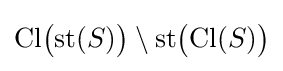
\mathrm {Cl} {\big (}\mathrm {st} (S){\big )}\setminus \mathrm {st} {\big (}\mathrm {Cl} (S){\big )}